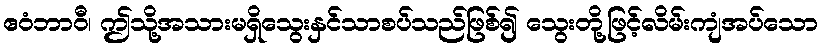
ဧဝံဘာဝီ၊ ဤသို့အသားမရှိသွေးနှင်သာစပ်သည်ဖြစ်၍ သွေးတို့ဖြင့်လိမ်းကျံအပ်သော